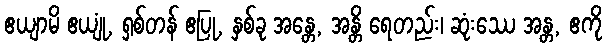
ဧယျာမိ ဧယျုံ, ရှစ်တန် ဧပြု, နှစ်ခု အန္တေ, အန္တိ ရေတည်း၊ ဆုံးဿေ အန္တ, ဧကို